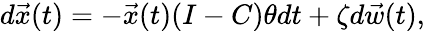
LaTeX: \begin{array}{r}{d\vec{x}(t)=-\vec{x}(t)(I-C)\theta dt+\zeta d\vec{w}(t),}\end{array}